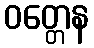
ဝတ္တေန